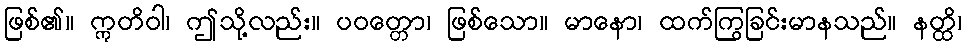
ဖြစ်၏။ ဣတိဝါ၊ ဤသို့လည်း။ ပဝတ္တော၊ ဖြစ်သော။ မာနော၊ ထက်ကြွခြင်းမာနသည်။ နတ္ထိ၊